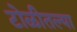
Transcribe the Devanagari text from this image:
टोळीतल्या